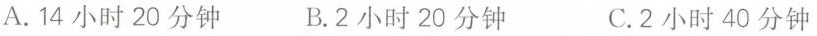
A.14小时20分钟 B.2小时20分钟 C.2小时40分钟